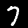
Digit: 7